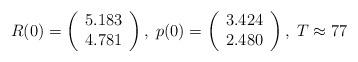
LaTeX: \begin{align*}R(0) = \left(\begin{array}{cc}5.183 \\4.781 \\\end{array}\right) , \; p(0) = \left(\begin{array}{cc}3.424 \\2.480 \\\end{array}\right) , \; T \approx 77\end{align*}